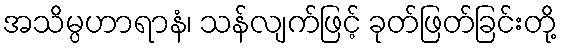
အသိမ္ပဟာရာနံ၊ သန်လျက်ဖြင့် ခုတ်ဖြတ်ခြင်းတို့